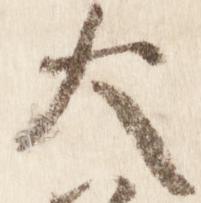
大